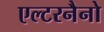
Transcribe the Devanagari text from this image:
एल्टरनैनो